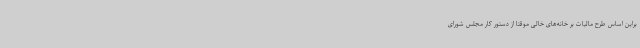
براین اساس طرح مالیات بر خانه‌های خالی موقتا از دستور کار مجلس شورای